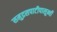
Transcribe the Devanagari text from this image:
समुद्रसपाटीपासून्ची